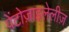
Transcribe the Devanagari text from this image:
पेंटोज़ाइलेलीज़